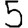
Digit: 5